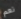
نعم